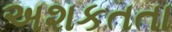
અશકતતા